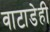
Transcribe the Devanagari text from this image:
वाटाडेही